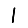
Digit: 1